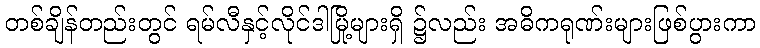
တစ်ချိန်တည်းတွင် ရမ်လီနှင့်လိုင်ဒါမြို့များရှိ ၌လည်း အဓိကရုဏ်းများဖြစ်ပွားကာ